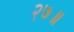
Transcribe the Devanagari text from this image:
२७॥